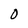
Character: 0